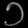
Digit: ၁